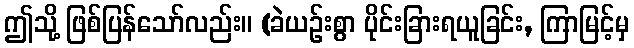
ဤသို့ ဖြစ်ပြန်သော်လည်း။ (ခဲယဉ်းစွာ ပိုင်းခြားရယူခြင်း, ကြာမြင့်မှ